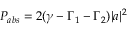
P _ { a b s } = 2 ( \gamma - \Gamma _ { 1 } - \Gamma _ { 2 } ) | a | ^ { 2 }